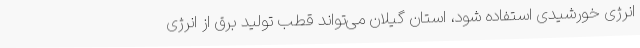
انرژی خورشیدی استفاده شود، استان گیلان می‌تواند قطب تولید برق از انرژی